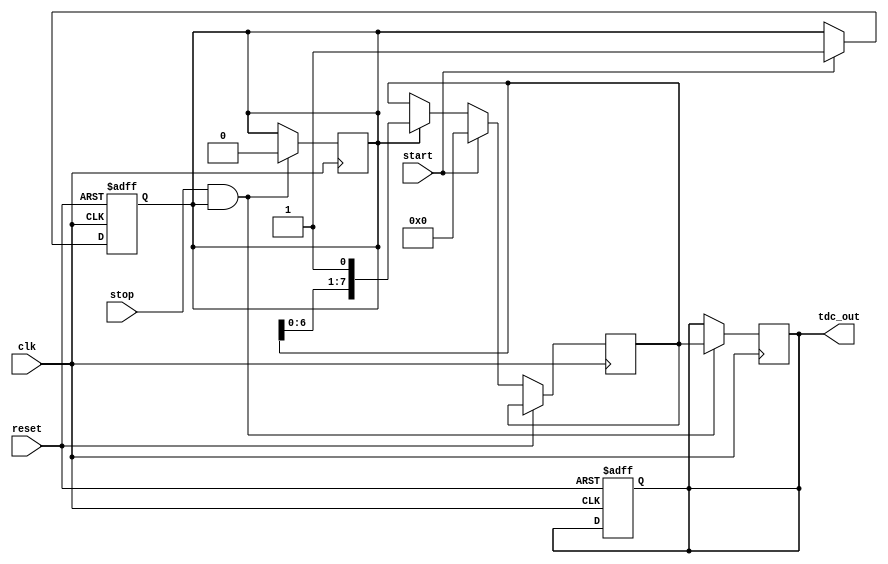
module TDC (
    input wire clk,             // Clock signal
    input wire reset,           // Reset signal
    input wire start,           // Start signal
    input wire stop,            // Stop signal
    output reg [N-1:0] tdc_out  // Output representing the measured time interval
);
    parameter N = 8;            // Number of delay elements (adjust for resolution)
    reg [N-1:0] delay_line;     // Delay line state
    reg measuring;              // Flag to indicate if measuring is in progress

    // Instantiate delay elements (simple D flip-flops for simulation)
    reg [N-1:0] delay_elements [0:N-1]; // Array of delay elements

    // Initializing delay elements
    integer i;
    always @(posedge clk or posedge reset) begin
        if (reset) begin
            for (i = 0; i < N; i = i + 1) begin
                delay_elements[i] <= 1'b0; // Clear delay elements
            end
            tdc_out <= 0; // Clear output
            measuring <= 1'b0; // Reset measuring flag
        end else if (start) begin
            measuring <= 1'b1; // Start measurement
            delay_line <= 0; // Clear delay line
        end else if (measuring) begin
            // Shift the delay line on each clock cycle
            delay_line <= {delay_line[N-2:0], 1'b1}; // Shift in a '1' at the end
        end
    end

    // Capture the output on stop signal
    always @(posedge clk) begin
        if (stop && measuring) begin
            tdc_out <= delay_line; // Capture the current state of the delay line
            measuring <= 1'b0; // Stop measuring
        end
    end
endmodule